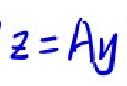
\(z = Ay\)